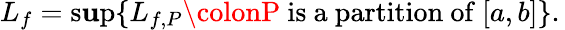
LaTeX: L_{f}=\operatorname*{s\mathbf{u}p}\{ L_{f,P}\colonP{\mathrm{{~is~a~partition~of~}}}[a,b]\} .\,